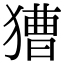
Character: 𤡐